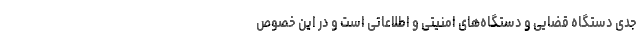
جدی دستگاه قضایی و دستگاه‌های امنیتی و اطلاعاتی است و در این خصوص